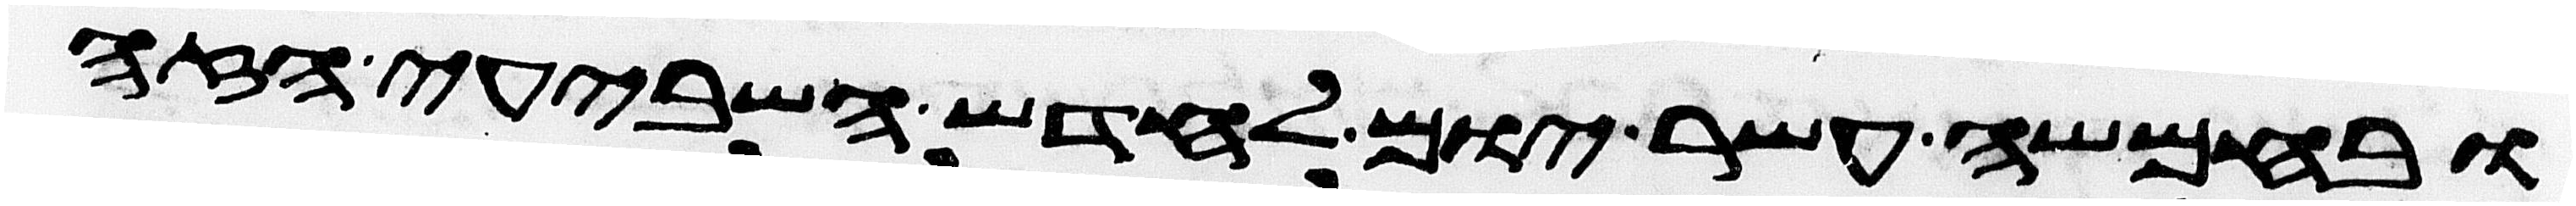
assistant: ובחמשה עשר יום לחדש השביעי הזה